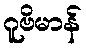
ဂူဗိမာန်